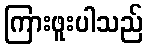
ကြားဖူးပါသည်